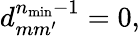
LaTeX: d_{mm^{\prime}}^{n_{\mathrm{min}}-1}=0,